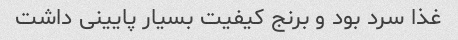
غذا سرد بود و برنج کیفیت بسیار پایینی داشت